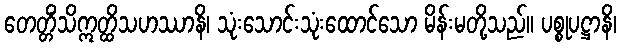
တေတ္တိံသိဣတ္ထိသဟဿာနိ၊ သုံးသောင်းသုံးထောင်သော မိန်းမတို့သည်။ ပစ္စုပဋ္ဌာနိ၊